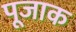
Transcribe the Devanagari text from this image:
पूजाक